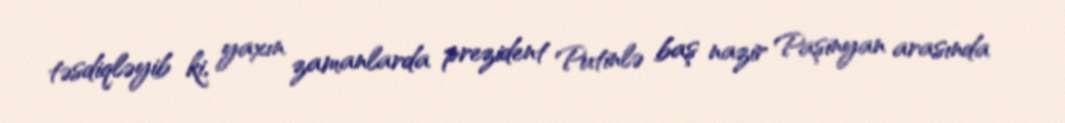
təsdiqləyib ki, yaxın zamanlarda prezident Putinlə baş nazir Paşinyan arasında